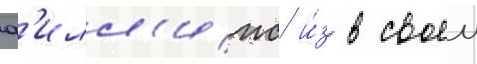
ф'илл'ипс и́з в своеи